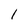
Character: l